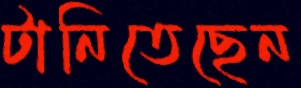
টানিতেছেন